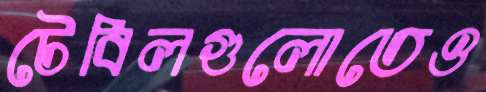
টেবিলগুলোতেও